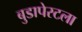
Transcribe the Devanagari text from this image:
बुडापेस्टला